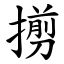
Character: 㨵